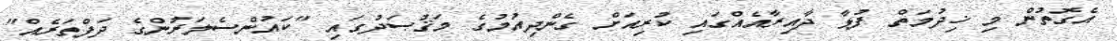
އެގޮތުން މި ޚިދުމަތް ފުޅާ ދާއިރާއެއްގައި ކުރިއަށް ގެންދިއުމުގެ މަޤުޞަދުގައި "ކައުންސެލަރުންގެ ދަފްތަރެއް"